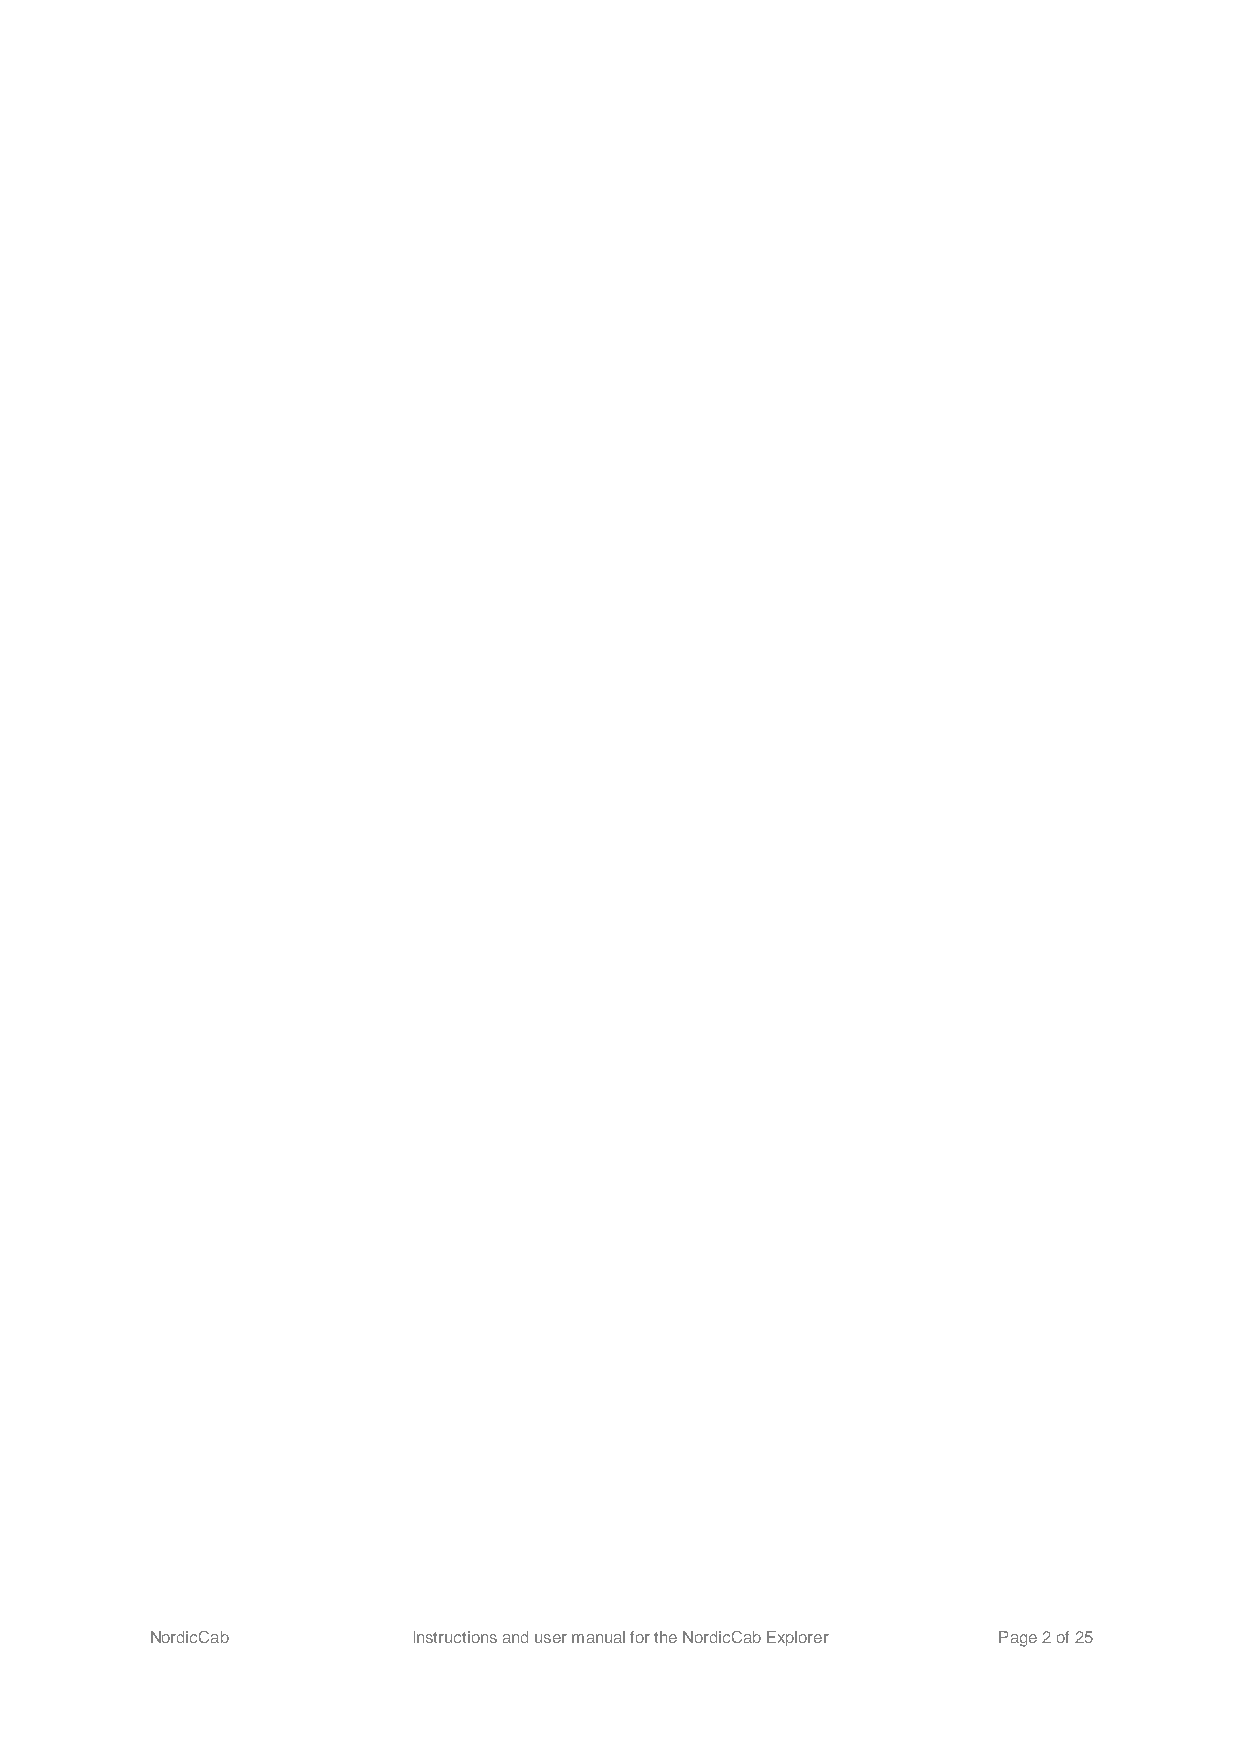
NordicCab        Instructions and user manual for the NordicCab Explorer Page 2 of 25